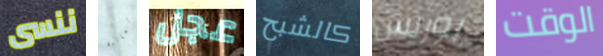
ننسى وثمانية عجل كالشبح بوريس الوقت